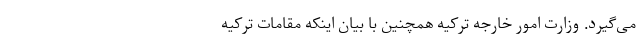
می‌گیرد. وزارت امور خارجه ترکیه همچنین با بیان اینکه مقامات ترکیه